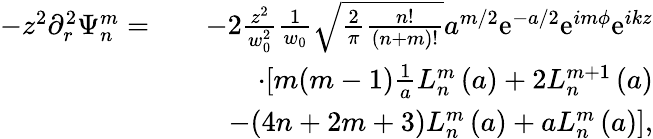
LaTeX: \begin{array}{rlr}{-z^{2}\partial_{r}^{2}\Psi_{n}^{m}=}&{}&{-2\frac{z^{2}}{w_{0}^{2}}\frac{1}{w_{0}}\sqrt{\frac{2}{\pi}\frac{n!}{(n+m)!}}a^{m/2}\mathrm{e}^{-a/2}\mathrm{e}^{im\phi}\mathrm{e}^{ikz}}\\ &{}&{\cdot[m(m-1)\frac{1}{a}L_{n}^{m}\left(a\right)+2L_{n}^{m+1}\left(a\right)}\\ &{}&{-(4n+2m+3)L_{n}^{m}\left(a\right)+aL_{n}^{m}\left(a\right)],}\end{array}